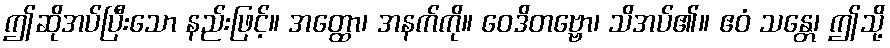
ဤဆိုအပ်ပြီးသော နည်းဖြင့်။ အတ္ထော၊ အနက်ကို။ ဝေဒိတဗ္ဗော၊ သိအပ်၏။ ဧဝံ သန္တေ၊ ဤသို့